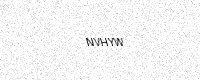
Text: NVHYW